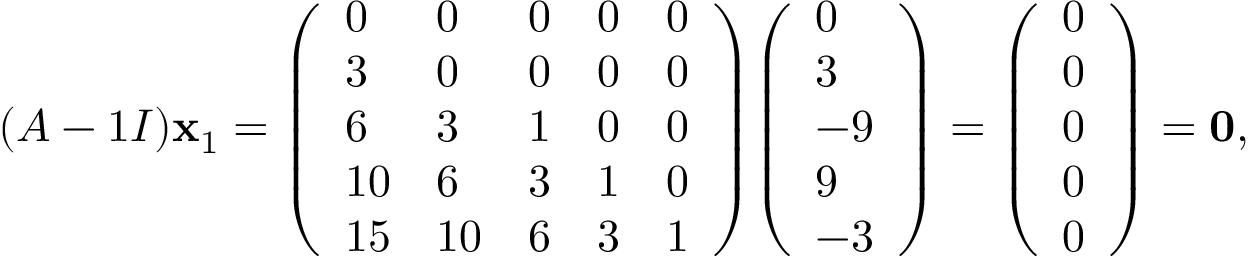
( A - 1 I ) \mathbf { x } _ { 1 } = { \left( \begin{array} { l l l l l } { 0 } & { 0 } & { 0 } & { 0 } & { 0 } \\ { 3 } & { 0 } & { 0 } & { 0 } & { 0 } \\ { 6 } & { 3 } & { 1 } & { 0 } & { 0 } \\ { 1 0 } & { 6 } & { 3 } & { 1 } & { 0 } \\ { 1 5 } & { 1 0 } & { 6 } & { 3 } & { 1 } \end{array} \right) } { \left( \begin{array} { l } { 0 } \\ { 3 } \\ { - 9 } \\ { 9 } \\ { - 3 } \end{array} \right) } = { \left( \begin{array} { l } { 0 } \\ { 0 } \\ { 0 } \\ { 0 } \\ { 0 } \end{array} \right) } = \mathbf { 0 } ,